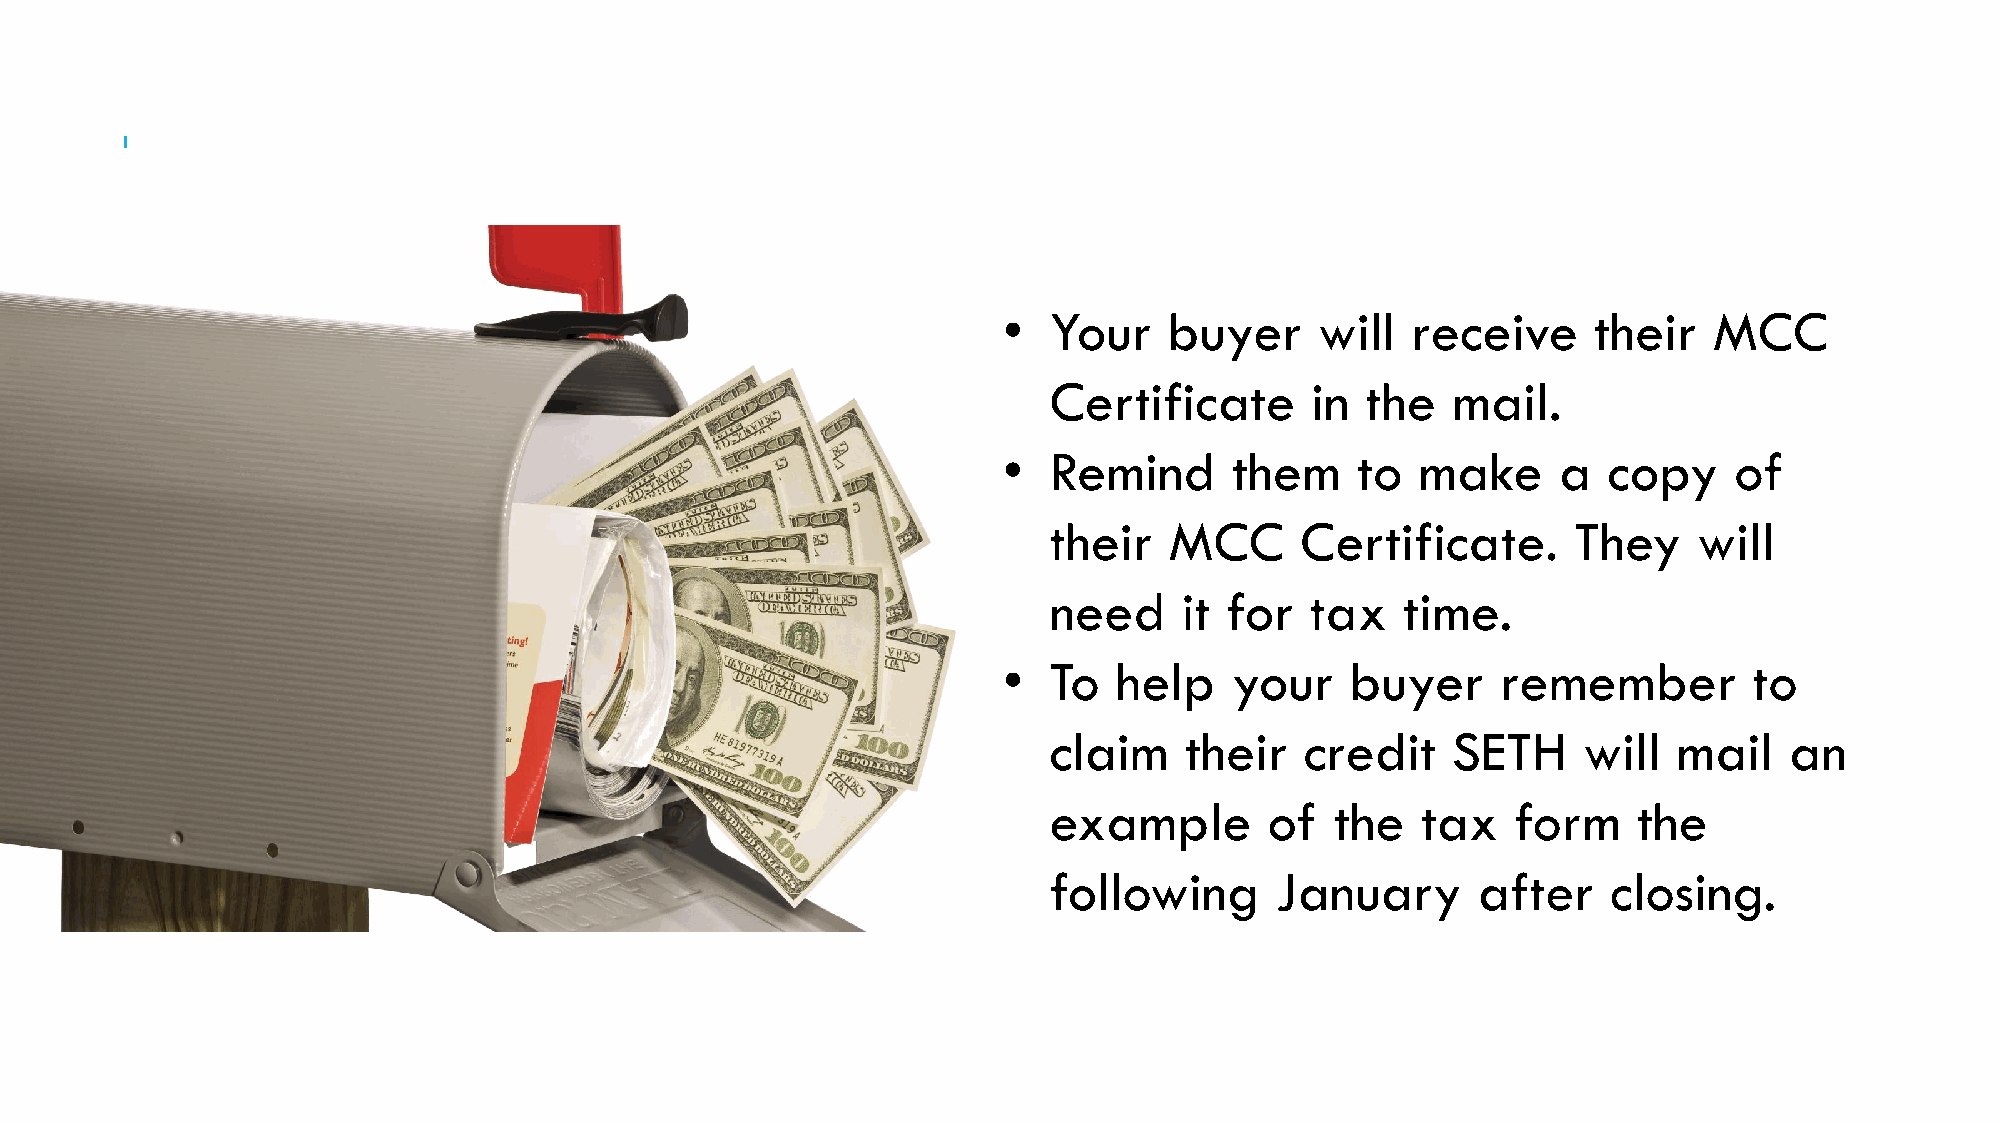
•  Your    buyer     will  receive      their  MCC
 Certificate       in the   mail.
 •  Remind       them    to  make     a  copy     of
 their   MCC      Certificate.      They    will
 need     it for   tax   time.
 •  To   help    your   buyer     remember         to
 claim    their   credit    SETH     will  mail   an
 example        of  the   tax   form    the
 following      January       after    closing.